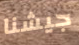
جيشنا